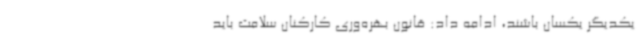
یکدیگر یکسان باشند، ادامه داد: قانون بهره‌وری کارکنان سلامت باید